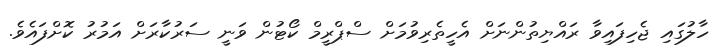
ހާލުގައި ޖެހިފައިވާ ރައްޔިތުންނަށް އެހީތެރިވުމަށް ސްޕްރީމް ކޯޓުން ވަނީ ސަރުކާރަށް އަމުރު ކޮށްފައެވެ.